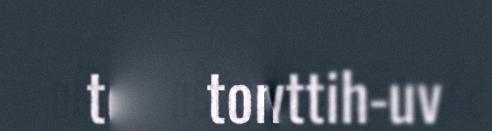
tom, kevttih-uv